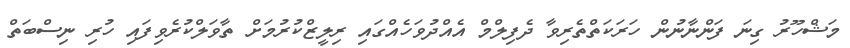
މަޝްހޫރު ގިނަ ފަންނާނުން ހަރަކަތްތެރިވާ ދެފިލްމް އެއްދުވަހެއްގައި ރިލީޒްކުރުމަށް ތާވަލްކުރެވިފައި ހުރި ނިސްބަތް